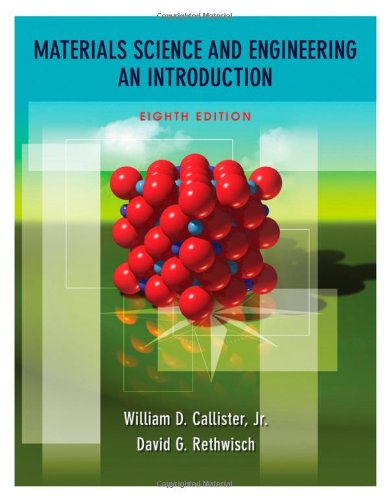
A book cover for Materials Science and Engineering: An Introduction, 8th Edition; William D. Callister Jr.; Engineering & Transportation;